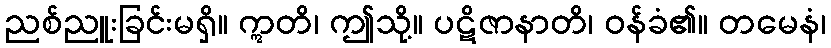
ညစ်ညူးခြင်းမရှိ။ ဣတိ၊ ဤသို့။ ပဋိဇာနာတိ၊ ဝန်ခံ၏။ တမေနံ၊